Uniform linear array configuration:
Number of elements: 24
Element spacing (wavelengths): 0.25
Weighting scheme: binomial
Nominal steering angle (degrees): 30
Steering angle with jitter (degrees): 28.504
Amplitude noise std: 0.05
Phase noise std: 0.05

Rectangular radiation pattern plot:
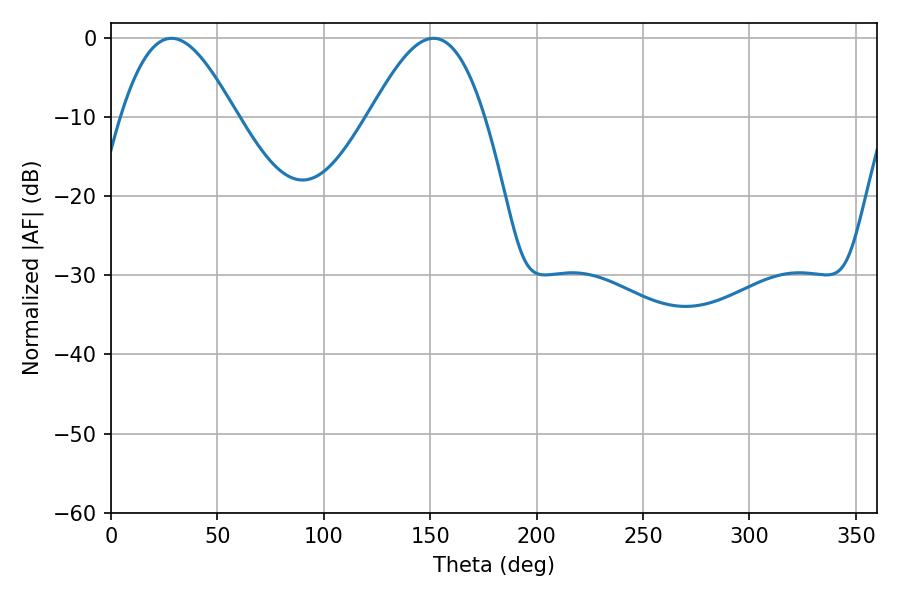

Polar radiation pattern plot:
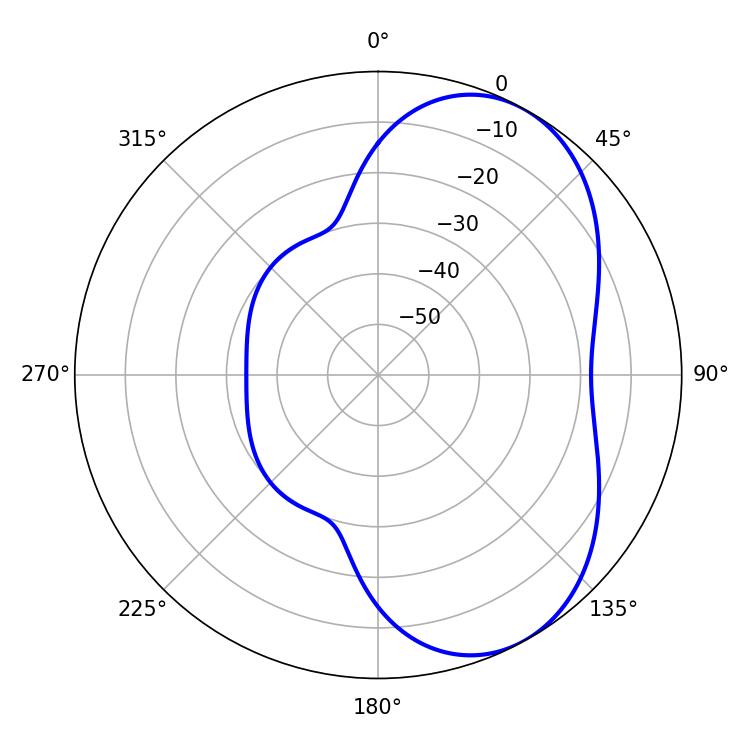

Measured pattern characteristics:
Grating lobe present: FALSE
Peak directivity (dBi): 5.481
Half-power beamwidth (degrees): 28.98
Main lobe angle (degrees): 28.44